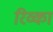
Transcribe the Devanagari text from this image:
रिव्का